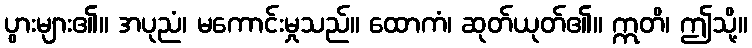
ပွားများ၏။ အပုညံ၊ မကောင်းမှုသည်။ ထောကံ၊ ဆုတ်ယုတ်၏။ ဣတိ၊ ဤသို့။